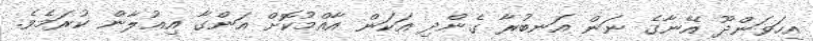
އިހަވަންދޫ އޭނާގެ ނަން އަނބުރާ ގެންދި އަކަން އާއްމުކޮށް އަންގާ އިޢުލާން ކުރަމެވެ.